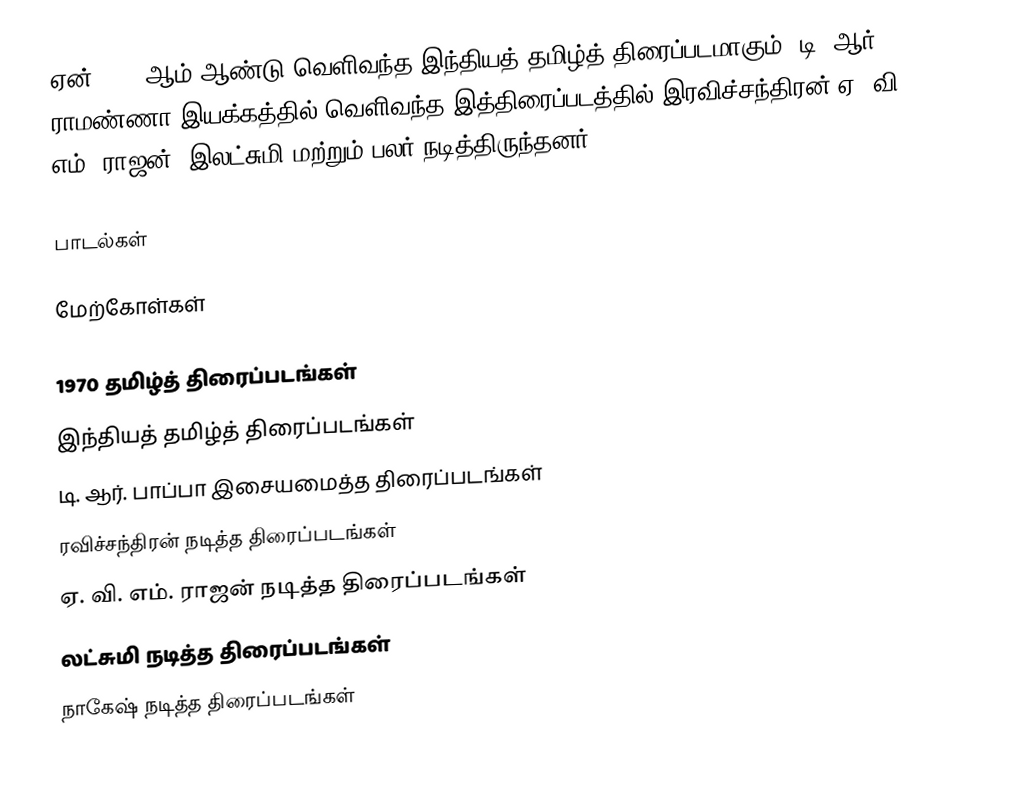
ஏன் 1970 ஆம் ஆண்டு வெளிவந்த இந்தியத் தமிழ்த் திரைப்படமாகும். டி. ஆர். ராமண்ணா இயக்கத்தில் வெளிவந்த இத்திரைப்படத்தில் இரவிச்சந்திரன்,ஏ. வி. எம். ராஜன், இலட்சுமி மற்றும் பலர் நடித்திருந்தனர்.

பாடல்கள்

மேற்கோள்கள்

1970 தமிழ்த் திரைப்படங்கள்
இந்தியத் தமிழ்த் திரைப்படங்கள்
டி. ஆர். பாப்பா இசையமைத்த திரைப்படங்கள்
ரவிச்சந்திரன் நடித்த திரைப்படங்கள்
ஏ. வி. எம். ராஜன் நடித்த திரைப்படங்கள்
லட்சுமி நடித்த திரைப்படங்கள்
நாகேஷ் நடித்த திரைப்படங்கள்